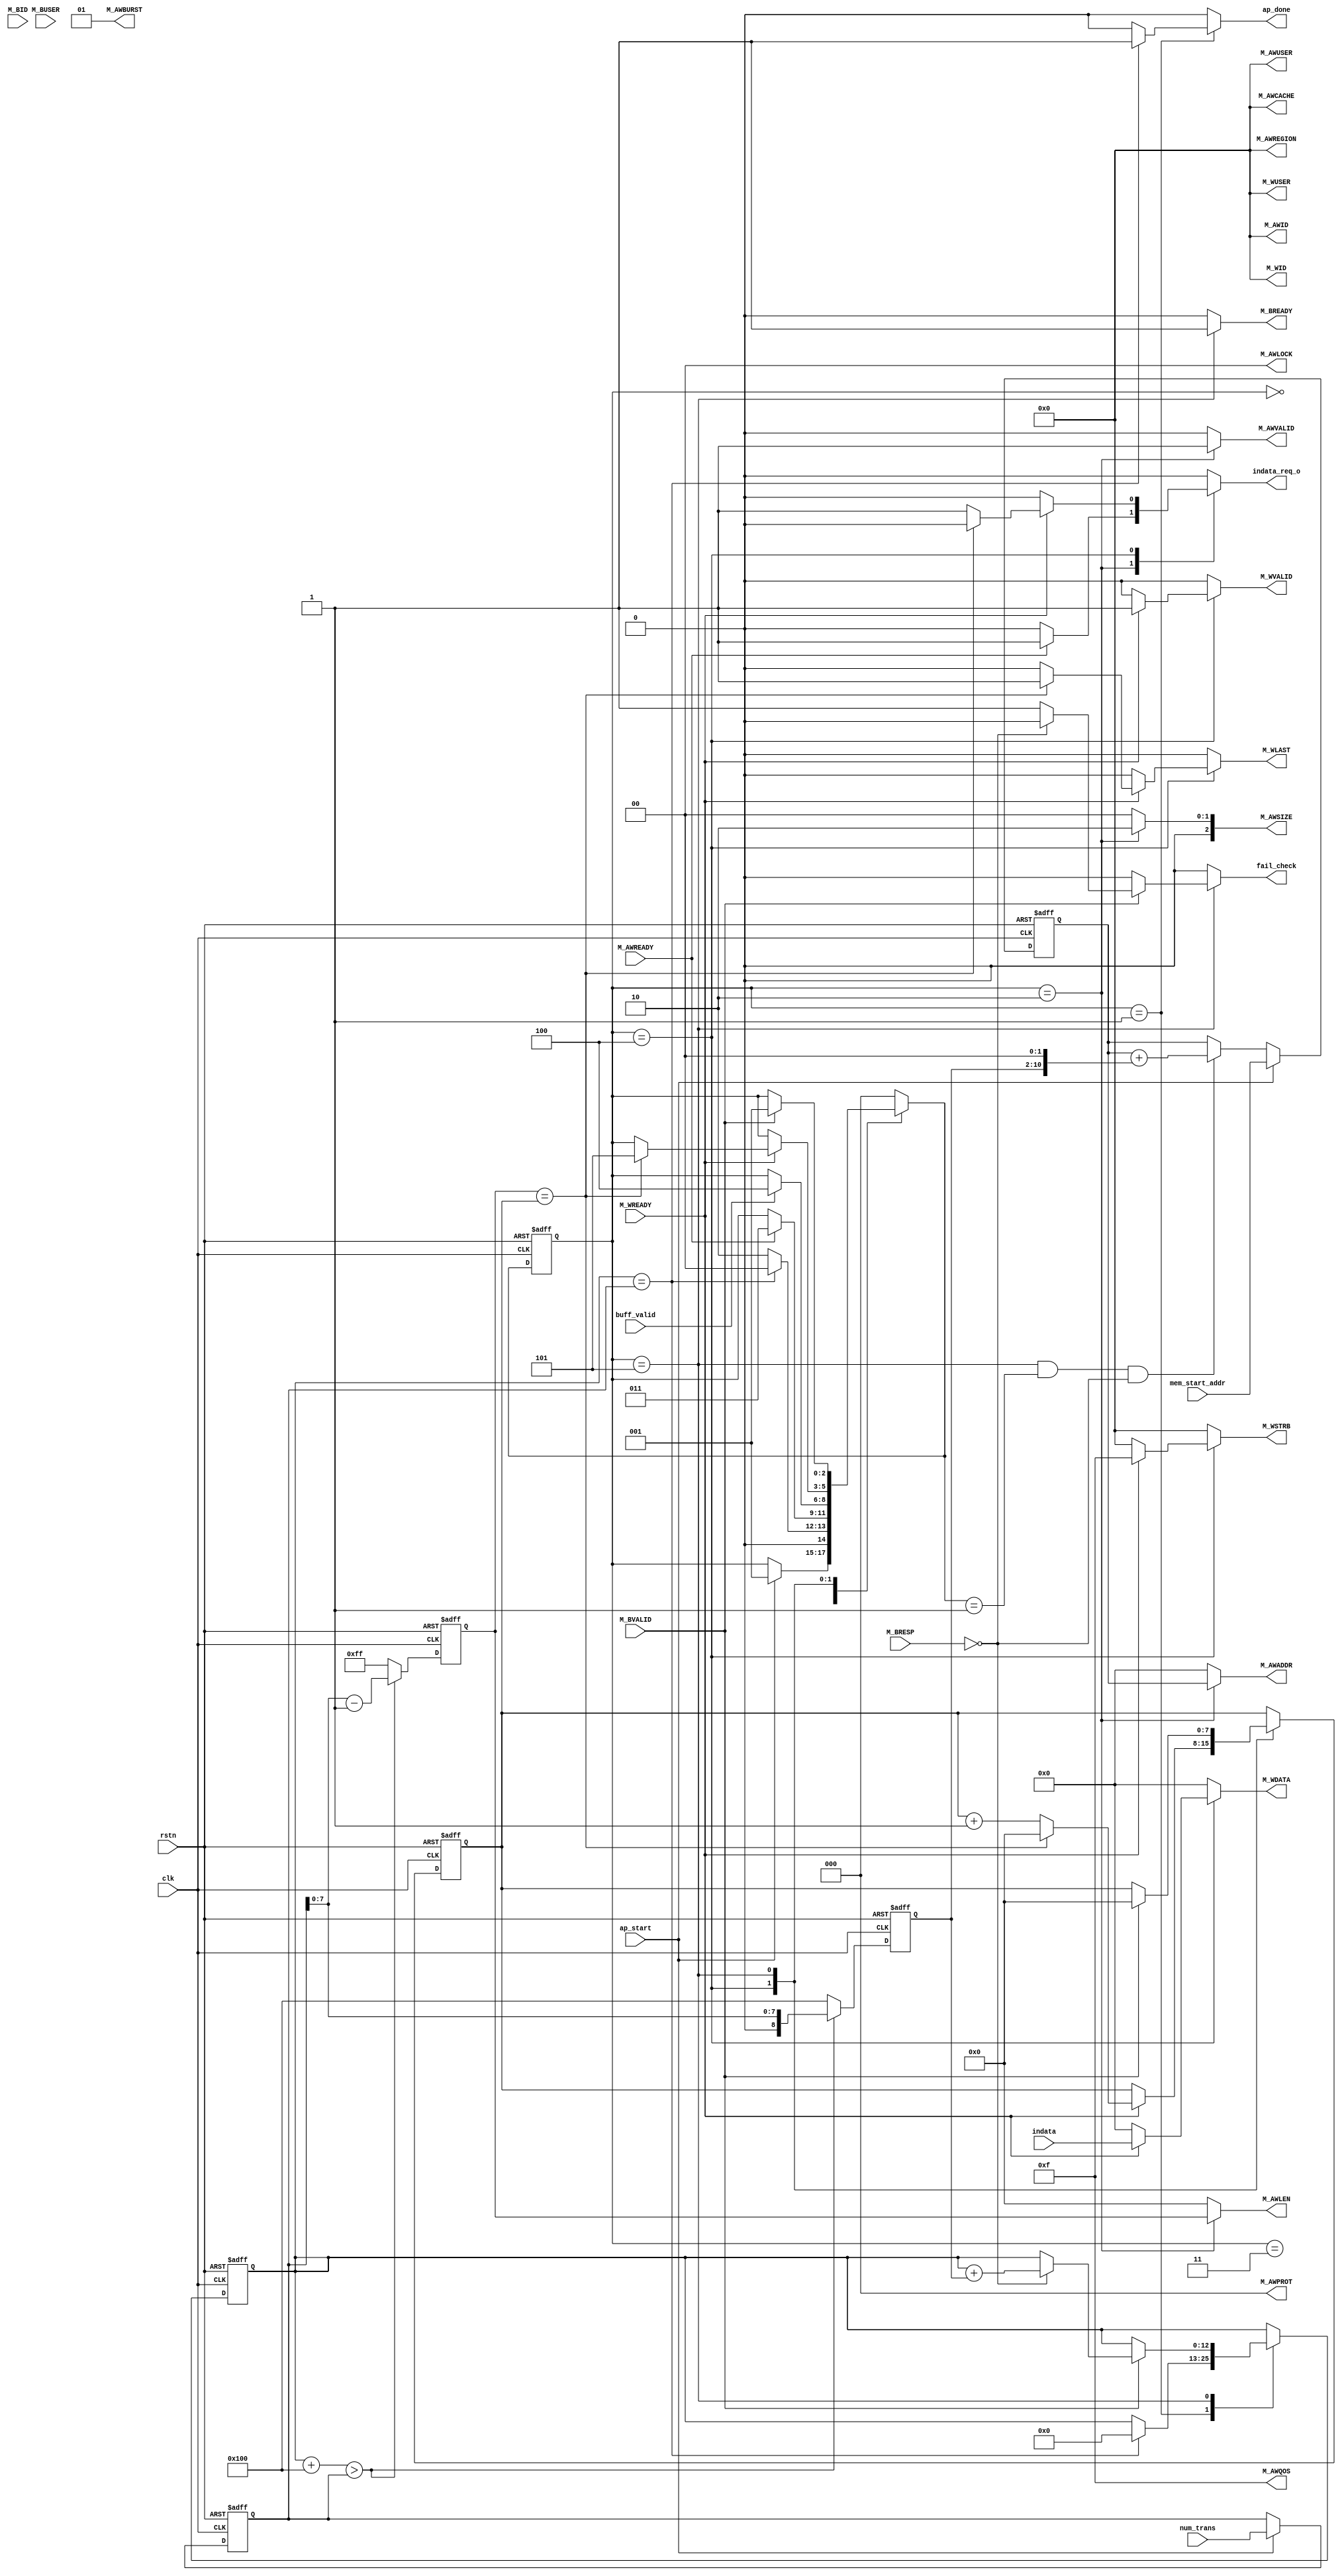
//----------------------------------------------------------------+
//----------------------------------------------------------------+
// Project: Deep Learning Hardware Design Contest
// Module: axi_dma_wr
// Description:
//		Write the final output feature map to DRAM by AXI4
//
// 2021.09.01 by NXT (truongnx@capp.snu.ac.kr)
//----------------------------------------------------------------+
`timescale 1ns/1ps

module axi_dma_wr(
    //AXI Master Interface
    //Write address channel
    M_AWVALID,    // address/control valid handshake
    M_AWADDR,     // Address Write
    M_AWREADY,
    M_AWID,       // Address ID
    M_AWLEN,      // Transfer length
    M_AWSIZE,     // Transfer width
    M_AWBURST,    // Burst type
    M_AWLOCK,     // Atomic access information
    M_AWCACHE,    // Cachable/bufferable infor
    M_AWPROT,     // Protection info
    M_AWQOS,
    M_AWREGION,
    M_AWUSER,

    //Write data channel
    M_WVALID,     // Write data valid
    M_WREADY,     // Write data ready
    M_WDATA,      // Write Data bus
    M_WSTRB,      // Write Data byte lane strobes
    M_WLAST,      // Last beat of a burst transfer
    M_WID,        // Write ID
    M_WUSER,

    //Write response channel
    M_BVALID,     // Response info valid
    M_BREADY,     // Response info ready (to slave)
    M_BRESP,      // Buffered write response
    M_BID,        // buffered response ID
    M_BUSER,

    //User interface
    ap_start,
    ap_done,
    num_trans,
    mem_start_addr,
    //buff_start_addr,
    indata,
    indata_req_o,
    buff_valid,
    fail_check,
    //User signals
    clk, 
    rstn
);
	// Parameters
	parameter BITS_TRANS = 18;
	parameter OUT_BITS_TRANS = 13;

	parameter AXI_WIDTH_USER =1;              // Master ID
	parameter AXI_WIDTH_ID   =4;              // ID width in bits
	parameter AXI_WIDTH_AD   =32;             // address width
	parameter AXI_WIDTH_DA   =32;            // data width
	parameter AXI_WIDTH_DS =(AXI_WIDTH_DA/8); // data strobe width
    //AXI Master Interface
    //Write address channel
    output                     M_AWVALID;   // address/control valid handshake
    input                      M_AWREADY;
    output [AXI_WIDTH_AD-1:0]  M_AWADDR;    // Address Write
    output [AXI_WIDTH_ID-1:0]  M_AWID;      // Address ID
    output [7:0]               M_AWLEN;     // Transfer length
    output [2:0]               M_AWSIZE;    // Transfer width
    output [1:0]               M_AWBURST;   // Burst type
    output [1:0]               M_AWLOCK;    // Atomic access information
    output [3:0]               M_AWCACHE;   // Cachable/bufferable infor
    output [2:0]               M_AWPROT;    // Protection info
    output [3:0]               M_AWQOS;
    output [3:0]               M_AWREGION;
    output [3:0]               M_AWUSER;
                               
    //Write data channel       
    output                     M_WVALID;    // Write data valid
    input                      M_WREADY;    // Write data ready
    output [AXI_WIDTH_DA-1:0]  M_WDATA;     // Write Data bus
    output [AXI_WIDTH_DS-1:0]  M_WSTRB;     // Write Data byte lane strobes
    output                     M_WLAST;     // Last beat of a burst transfer
    output [AXI_WIDTH_ID-1:0]  M_WID;       // Write ID
    output [3:0]               M_WUSER;

    //Write response channel
    input                       M_BVALID;    // Response info valid
    output                      M_BREADY;    // Response info ready (to slave)
    input [1:0]                 M_BRESP;     // Buffered write response
    input [AXI_WIDTH_ID-1:0]    M_BID;       // buffered response ID
    input                       M_BUSER;

    //User interface
    input                       ap_start;
    output reg                  ap_done;
    input [OUT_BITS_TRANS-1:0]      num_trans;
    input [AXI_WIDTH_DA-1:0]    mem_start_addr;
    input [AXI_WIDTH_DA-1:0]  indata;
    output reg          indata_req_o;
    //input [MAX_BUFF_W-1:0]      buff_start_addr;
    input           buff_valid;
    output reg      fail_check;
    //User signals
    input clk;
    input rstn;
//---------------------------------------------------------------------
// parameter definitions 
//---------------------------------------------------------------------
   localparam FIXED_BURST_SIZE = 256;//It can be ~256
   localparam DEFAULT_ID = 0;
   //AXI data width: number of bytes
   localparam  SIZE_1B     = 3'b000;
   localparam  SIZE_2B     = 3'b001;
   localparam  SIZE_4B     = 3'b010;
   localparam  SIZE_8B     = 3'b011;
   localparam  SIZE_16B    = 3'b100;      // not supported    
   localparam  SIZE_32B    = 3'b101;      // not supported
   localparam  SIZE_64B    = 3'b110;      // not supported
   localparam  SIZE_128B   = 3'b111;      // not supported
   
   localparam  RESP_OKAY   = 2'b00;
   localparam  RESP_EXOKAY = 2'b01;
   localparam  RESP_SLVERR = 2'b10;
   localparam  RESP_DECERR = 2'b11;
   localparam LOG_BURST_SIZE = $clog2(FIXED_BURST_SIZE);
//---------------------------------------------------------------------
// Internal signals 
//---------------------------------------------------------------------
  reg     [AXI_WIDTH_AD-1:0]    ext_awaddr ;
  reg     [7:0]         ext_awlen  ;
  reg     [2:0]           ext_awsize ;
  reg                     ext_awvalid;
  wire                    ext_awready;
  reg     [AXI_WIDTH_DA-1:0]    ext_wdata  ;
  reg     [AXI_WIDTH_DS-1:0]    ext_wstrb  ;
  reg                     ext_wlast  ;
  reg                     ext_wvalid ;
  wire                    ext_wready ;
  wire    [AXI_WIDTH_ID-1:0]    ext_bid;
  wire    [1:0]           ext_bresp  ;
  wire                    ext_bvalid ;
  reg                     ext_bready ;
//reg     [1:0]                 ext_awburst;

   assign M_AWID = DEFAULT_ID;
   assign M_WID = DEFAULT_ID;
   assign M_AWBURST = 2'b01;//Increase mode
   assign M_AWLOCK = 2'b00;
   assign M_AWCACHE = 4'b0000;
   assign M_AWPROT = 3'b000;
   assign M_AWQOS = 4'b1111;
   assign M_AWREGION = 4'b0000;
   assign M_AWUSER = 4'b0000;
   assign M_WUSER = 4'b0000;

   assign  M_AWVALID = ext_awvalid;
   assign  M_AWADDR  = ext_awaddr;
   assign  M_AWLEN   = ext_awlen;
   assign  M_AWSIZE  = ext_awsize;
   assign  ext_awready = M_AWREADY;
               
   assign  M_WVALID  = ext_wvalid;
   assign  M_WDATA   = ext_wdata;
   assign  M_WSTRB   = ext_wstrb;
   assign  M_WLAST   = ext_wlast;
   assign  ext_wready = M_WREADY;
               
   assign  ext_bid     = M_BID;
   assign  ext_bresp   = M_BRESP;
   assign  ext_bvalid  = M_BVALID;
   assign  M_BREADY  = ext_bready;

   reg [OUT_BITS_TRANS-1:0] num_trans_d;
   reg [7:0] d_beat_cnt_wr, q_beat_cnt_wr;
   reg [OUT_BITS_TRANS-1:0] d_burst_cnt_wr, q_burst_cnt_wr;
   reg [7:0] q_burst_size_wr;
   reg [8:0] q_burst_size_wr_1;   //added 1 to q_burst_size_wr
   reg [AXI_WIDTH_AD-1:0] q_ext_addr_wr; //current AXI address for Write

   //FSM for Write to axi
  reg [2:0] st_wr2axi, next_st_wr2axi;
   localparam  WR_IDLE = 0,
               WR_PRE = 1,
               WR_START = 2,
               WR_BUFF_WAIT =3,
               WR_SEQ = 4,
               WR_WAIT = 5;
//---------------------------------------------------------------------
// Module designs 
//---------------------------------------------------------------------
   //---------------------------------------------------------------
   // FSM for Write data to AXI Interface 
   //---------------------------------------------------------------
   always @(posedge clk or negedge rstn) begin
      if(!rstn) num_trans_d <= 'h0;
      else if(ap_start) num_trans_d <= num_trans;
   end
   always @(posedge clk or negedge rstn) begin
      if(!rstn) begin
         q_beat_cnt_wr <= 0;
         q_burst_cnt_wr <= 0;
      end
      else begin
         q_beat_cnt_wr <= d_beat_cnt_wr;
         q_burst_cnt_wr <= d_burst_cnt_wr;
      end
   end
   
   always @(posedge clk or negedge rstn)
   begin
      if(!rstn) begin
         q_burst_size_wr <= 0; 
         q_burst_size_wr_1 <= 0; 
      end
      else if(q_burst_cnt_wr + FIXED_BURST_SIZE > num_trans_d)
      begin
         q_burst_size_wr <= num_trans_d[LOG_BURST_SIZE-1:0] - 1;
         q_burst_size_wr_1 <= num_trans_d[LOG_BURST_SIZE-1:0];
      end
      else begin
         q_burst_size_wr <= FIXED_BURST_SIZE-1;
         q_burst_size_wr_1 <= FIXED_BURST_SIZE;
      end
   end
   always @(posedge clk or negedge rstn) begin
      if(!rstn) 
         q_ext_addr_wr <= 0;
      else if(ap_start)
         q_ext_addr_wr <= mem_start_addr;
      else if((st_wr2axi == WR_WAIT) && (next_st_wr2axi == WR_PRE) && (ext_bresp == RESP_OKAY))
         q_ext_addr_wr <= q_ext_addr_wr + {q_burst_size_wr_1, {2'b00}}; //4 Byte
   end

  //assign data_last_o = (st_wr2axi == WR_PRE)&&(q_burst_cnt_wr == num_trans_d);

   always @(posedge clk or negedge rstn)
      if(!rstn)  st_wr2axi <= WR_IDLE;
      else       st_wr2axi <= next_st_wr2axi;

   always @* begin
      next_st_wr2axi = st_wr2axi;
      d_beat_cnt_wr = q_beat_cnt_wr;
      d_burst_cnt_wr = q_burst_cnt_wr;
      
      indata_req_o = 1'b0;
      //AXI signals for write
      ext_awvalid = 1'b0;
      ext_awaddr = 0;
      ext_awlen = 0;
      ext_awsize = 0;
      ext_wvalid = 1'b0;
      ext_wdata = 0;
      ext_wstrb = 0;
      ext_wlast = 1'b0;
      ext_bready = 1'b0;
      ap_done = 1'b0;
      fail_check = 1'b0;
      case(st_wr2axi)
         default: next_st_wr2axi = WR_IDLE;
         WR_IDLE: begin
            if(ap_start)
               next_st_wr2axi = WR_PRE;
         end
         WR_PRE: begin
            if(q_burst_cnt_wr == num_trans_d) begin   //end of blk transfer
               d_burst_cnt_wr = 0;
               next_st_wr2axi = WR_IDLE;
               ap_done = 1'b1;
               //done on!
            end
            else
               next_st_wr2axi = WR_START;
         end
         WR_START: begin   //start burst transfer
               ext_awvalid = 1'b1; //start write cmd
               ext_awaddr = q_ext_addr_wr;
               ext_awlen = q_burst_size_wr;
               //ext_awburst = 2'b01;
               ext_awsize = SIZE_4B;      //data width is 32bit
            if(ext_awready) begin //valid data and axiwr is ready
               indata_req_o = 1'b1;
               next_st_wr2axi = WR_BUFF_WAIT;
            end
         end
         WR_BUFF_WAIT : begin
          if(buff_valid) begin 
            next_st_wr2axi = WR_SEQ;
          end
         end
         WR_SEQ: begin
            if(ext_wready) begin
               ext_wvalid = 1'b1;   //start output data
               ext_wdata = indata;
               ext_wstrb = {AXI_WIDTH_DS{1'b1}};  //no support for narrow transfer

               if(q_burst_size_wr == q_beat_cnt_wr) begin //last beat of burst
                  d_beat_cnt_wr = 'h0;
                  ext_wlast = 1'b1;
                  next_st_wr2axi = WR_WAIT;
               end
               else begin
                  indata_req_o = 1'b1;
                  d_beat_cnt_wr = q_beat_cnt_wr + 1'b1;
               end
            end
         end
         WR_WAIT: begin //wait bresp from AXI
            ext_bready = 1'b1;
            if(ext_bvalid) begin
               //if((ext_bid == ext_wid) && (ext_bresp == RESP_OKAY)) begin
               if((ext_bresp == RESP_OKAY)) begin //TODO: to compatible with AXI IC
                  d_burst_cnt_wr = q_burst_cnt_wr + q_burst_size_wr_1;
                  d_beat_cnt_wr = 0;
                  next_st_wr2axi = WR_PRE;   
               end//when bresp is wrong, back to start state and repeat recent burst 
                  else begin 
                  d_beat_cnt_wr = 0;
                  next_st_wr2axi = WR_PRE;
                  fail_check = 1'b1;
                  end            
         end
         end
      endcase
   end
endmodule